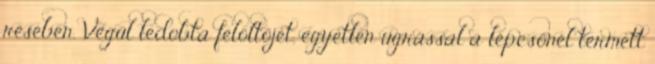
résében. Végül ledobta felöltőjét, egyetlen ugrással a lépcsőnél termett